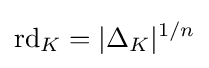
\operatorname {rd} _{K}=|\Delta _{K}|^{1/n}